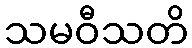
သမဝီသတိ